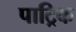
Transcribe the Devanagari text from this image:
पाट्रिक